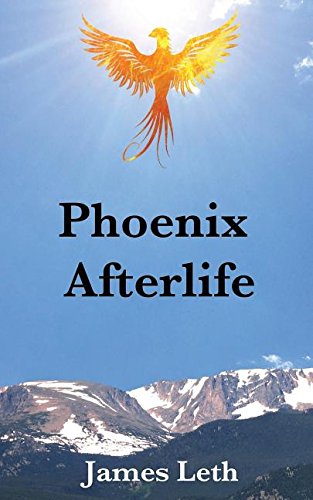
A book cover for Phoenix Afterlife; James Leth; Romance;